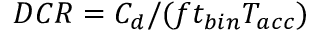
D C R = C _ { d } / ( f t _ { b i n } T _ { a c c } )